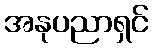
အနုပညာရှင်